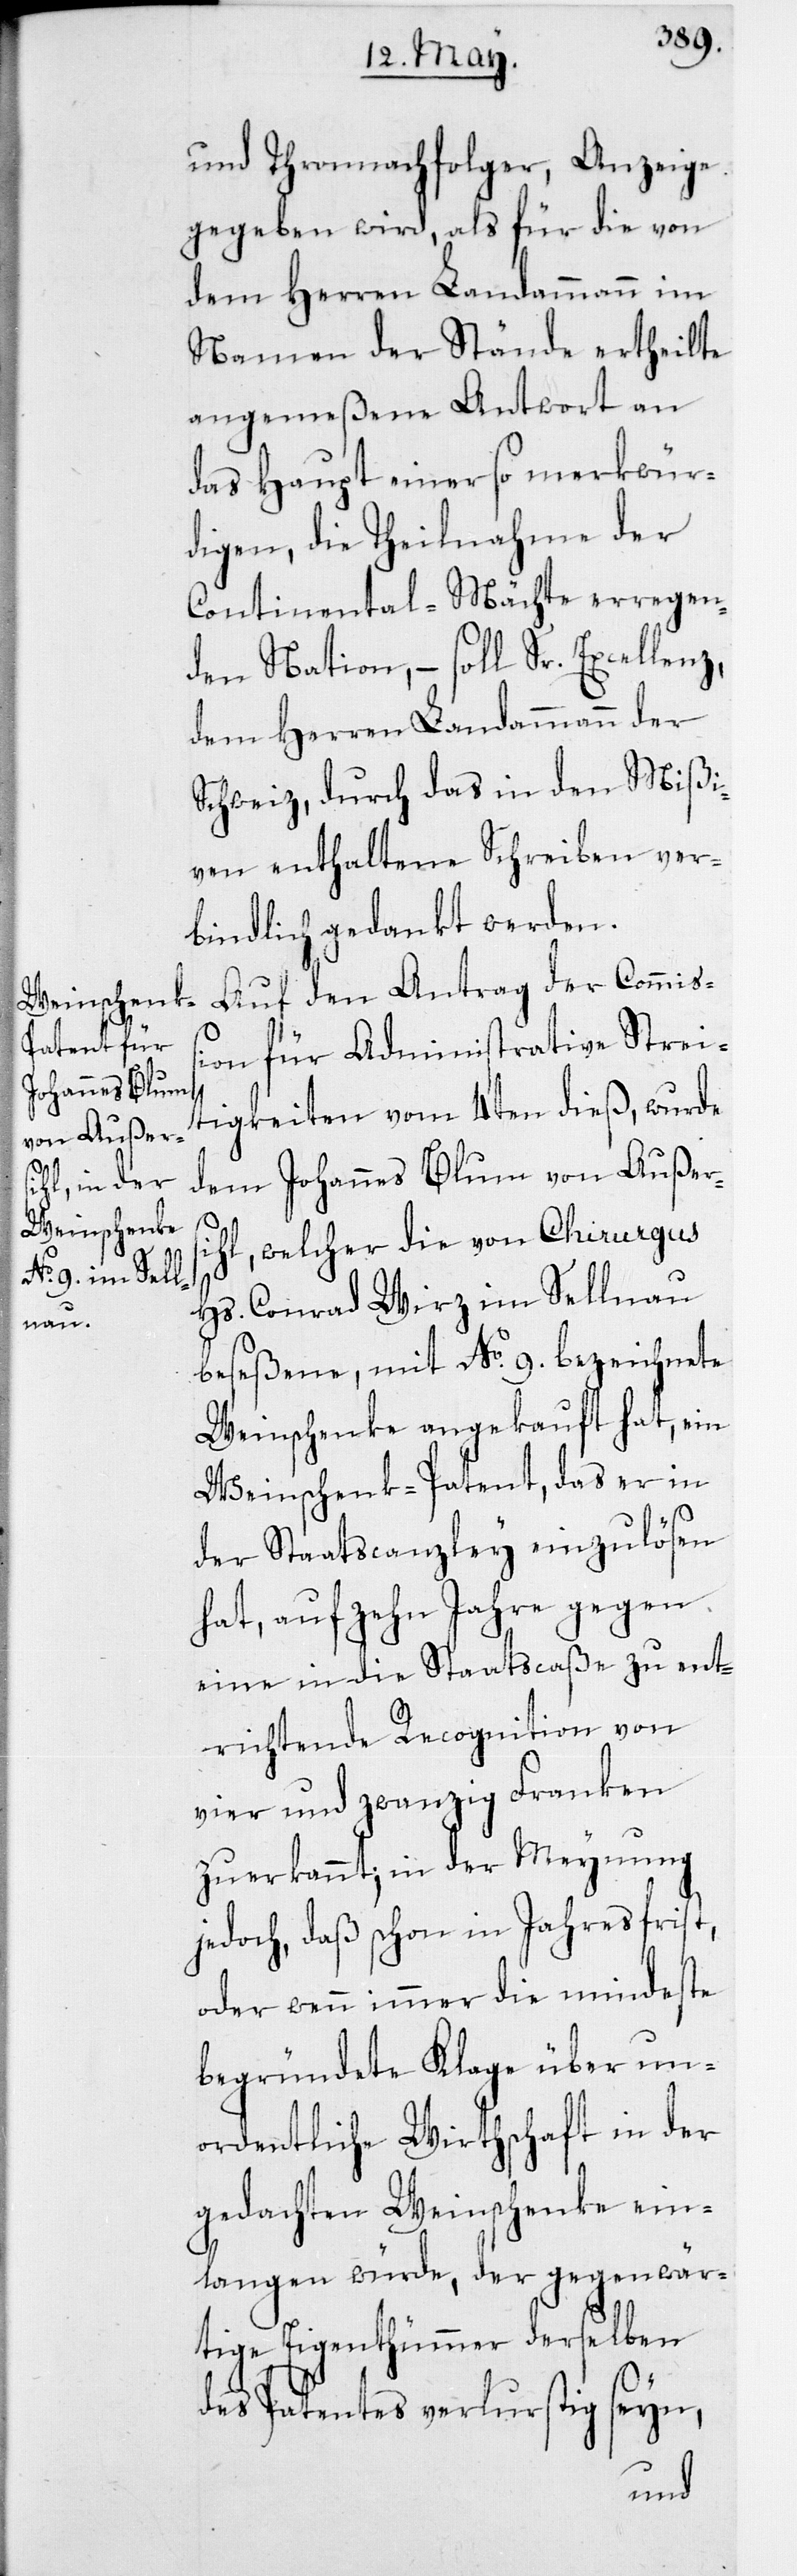
und Thronnachfolger, Anzeige
gegeben wird, als für die von
dem Herren Landammann im
Namen der Stände ertheilte
angemeßene Antwort an
das Haupt einer so merkwür¬
digen, die Theilnahme der
Continental-Mächte erregen¬
den Nation, – soll Sr. Excellenz
dem Herren Landammann der
Schweiz, durch das in den Mißi¬
ven enthaltene Schreiben ver¬
bindlich gedankt werden.
Auf den Antrag der Commiß¬
ion für Administrative Streit¬
igkeiten vom 4ten dieß, wurde
dem Johannes Blum von Außers¬
ihl, welcher die von Chirurgus
Hs. Conrad Wirz im Sellnau
beseßene, mit No 9. bezeichnete
Weinschenke angekauft hat, ein
Weinschenk-Patent, das er in
der Staatscanzley einzulösen
hat, auf zehn Jahre gegen
eine in die Staatscaße zu ent¬
richtende Recognition von
vier und zwanzig Franken
zuerkannt, in der Meynung
jedoch, daß schon in Jahresfrist,
oder wenn immer die mindeste
begründete Klage über un¬
ordentliche Wirtschaft in der
gedachten Weinschenke ein¬
langen würde, der gegenwär¬
tige Eigenthümmer derselben
des Patentes verlurstig seyn,